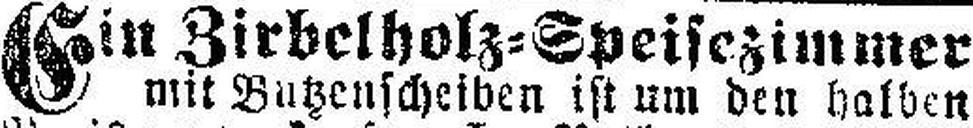
Ein Zirbelholz=Speisezimmer